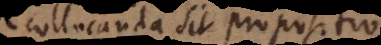
collocanda sit propositio